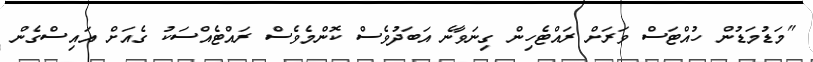
"މަޑުމަޑުން ހުއްޓަސް ވަރަށް ރައްޓެހިން ގިނަވާނެ އަބަދުވެސް ކޮންމެވެސް ރައްޓެއްސަކު ގެއަށް އައިސްގެން